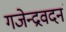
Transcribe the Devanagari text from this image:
गजेन्द्रवदनं